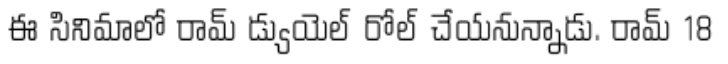
ఈ సినిమాలో రామ్ డ్యుయెల్ రోల్ చేయనున్నాడు. రామ్ 18